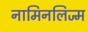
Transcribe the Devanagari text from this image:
नामिनलिज्म